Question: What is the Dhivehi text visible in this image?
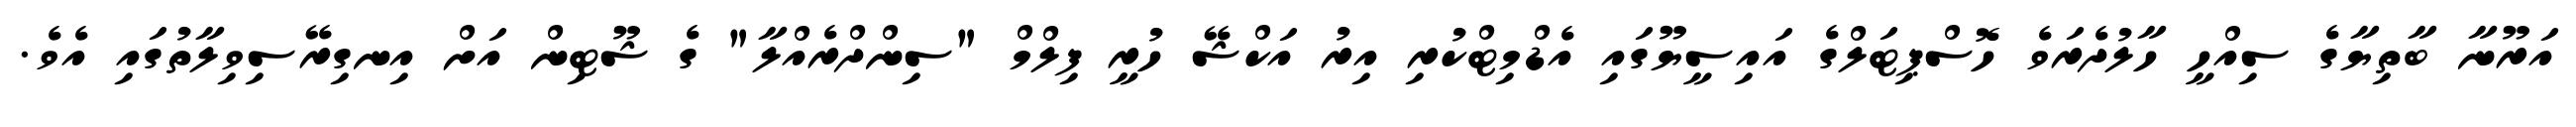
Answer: އަރޫނާ ބާތިޔާގެ ސިއްހީ ހާލުދެރަވެ ހޮސްޕިޓަލްގެ އައިސީޔޫގައި އެޑްމިޓްކުރި އިރު އަކްޝޭ ހުރީ ފިލްމް "ސިންދްރެއްލާ" ގެ ޝޫޓިން އަށް އިނގިރޭސިވިލާތުގައި އެވެ.